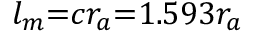
l _ { m } { = } c r _ { a } { = } 1 . 5 9 3 r _ { a }